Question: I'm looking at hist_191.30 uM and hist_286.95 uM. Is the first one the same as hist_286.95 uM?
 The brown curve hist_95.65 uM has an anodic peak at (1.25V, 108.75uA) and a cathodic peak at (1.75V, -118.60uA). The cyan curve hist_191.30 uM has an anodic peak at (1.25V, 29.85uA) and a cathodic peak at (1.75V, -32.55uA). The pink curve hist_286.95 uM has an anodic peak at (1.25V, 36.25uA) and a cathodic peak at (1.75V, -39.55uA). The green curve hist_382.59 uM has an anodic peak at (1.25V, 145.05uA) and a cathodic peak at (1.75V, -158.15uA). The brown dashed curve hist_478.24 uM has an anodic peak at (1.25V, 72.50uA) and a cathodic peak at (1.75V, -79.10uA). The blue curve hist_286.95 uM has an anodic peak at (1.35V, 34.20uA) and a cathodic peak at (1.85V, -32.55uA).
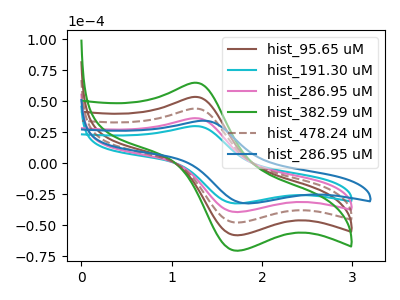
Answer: <think>All the peaks in "hist_191.30 uM" have a peak in "hist_286.95 uM" at the same potential. Every peak in "hist_191.30 uM" is lower than every peak in "hist_286.95 uM".
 </think>
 <answer>"hist_191.30 uM" and "hist_286.95 uM" are similar in shape.</answer>
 <eval>same_shape</eval>